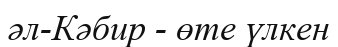
әл-Кәбир - өте үлкен